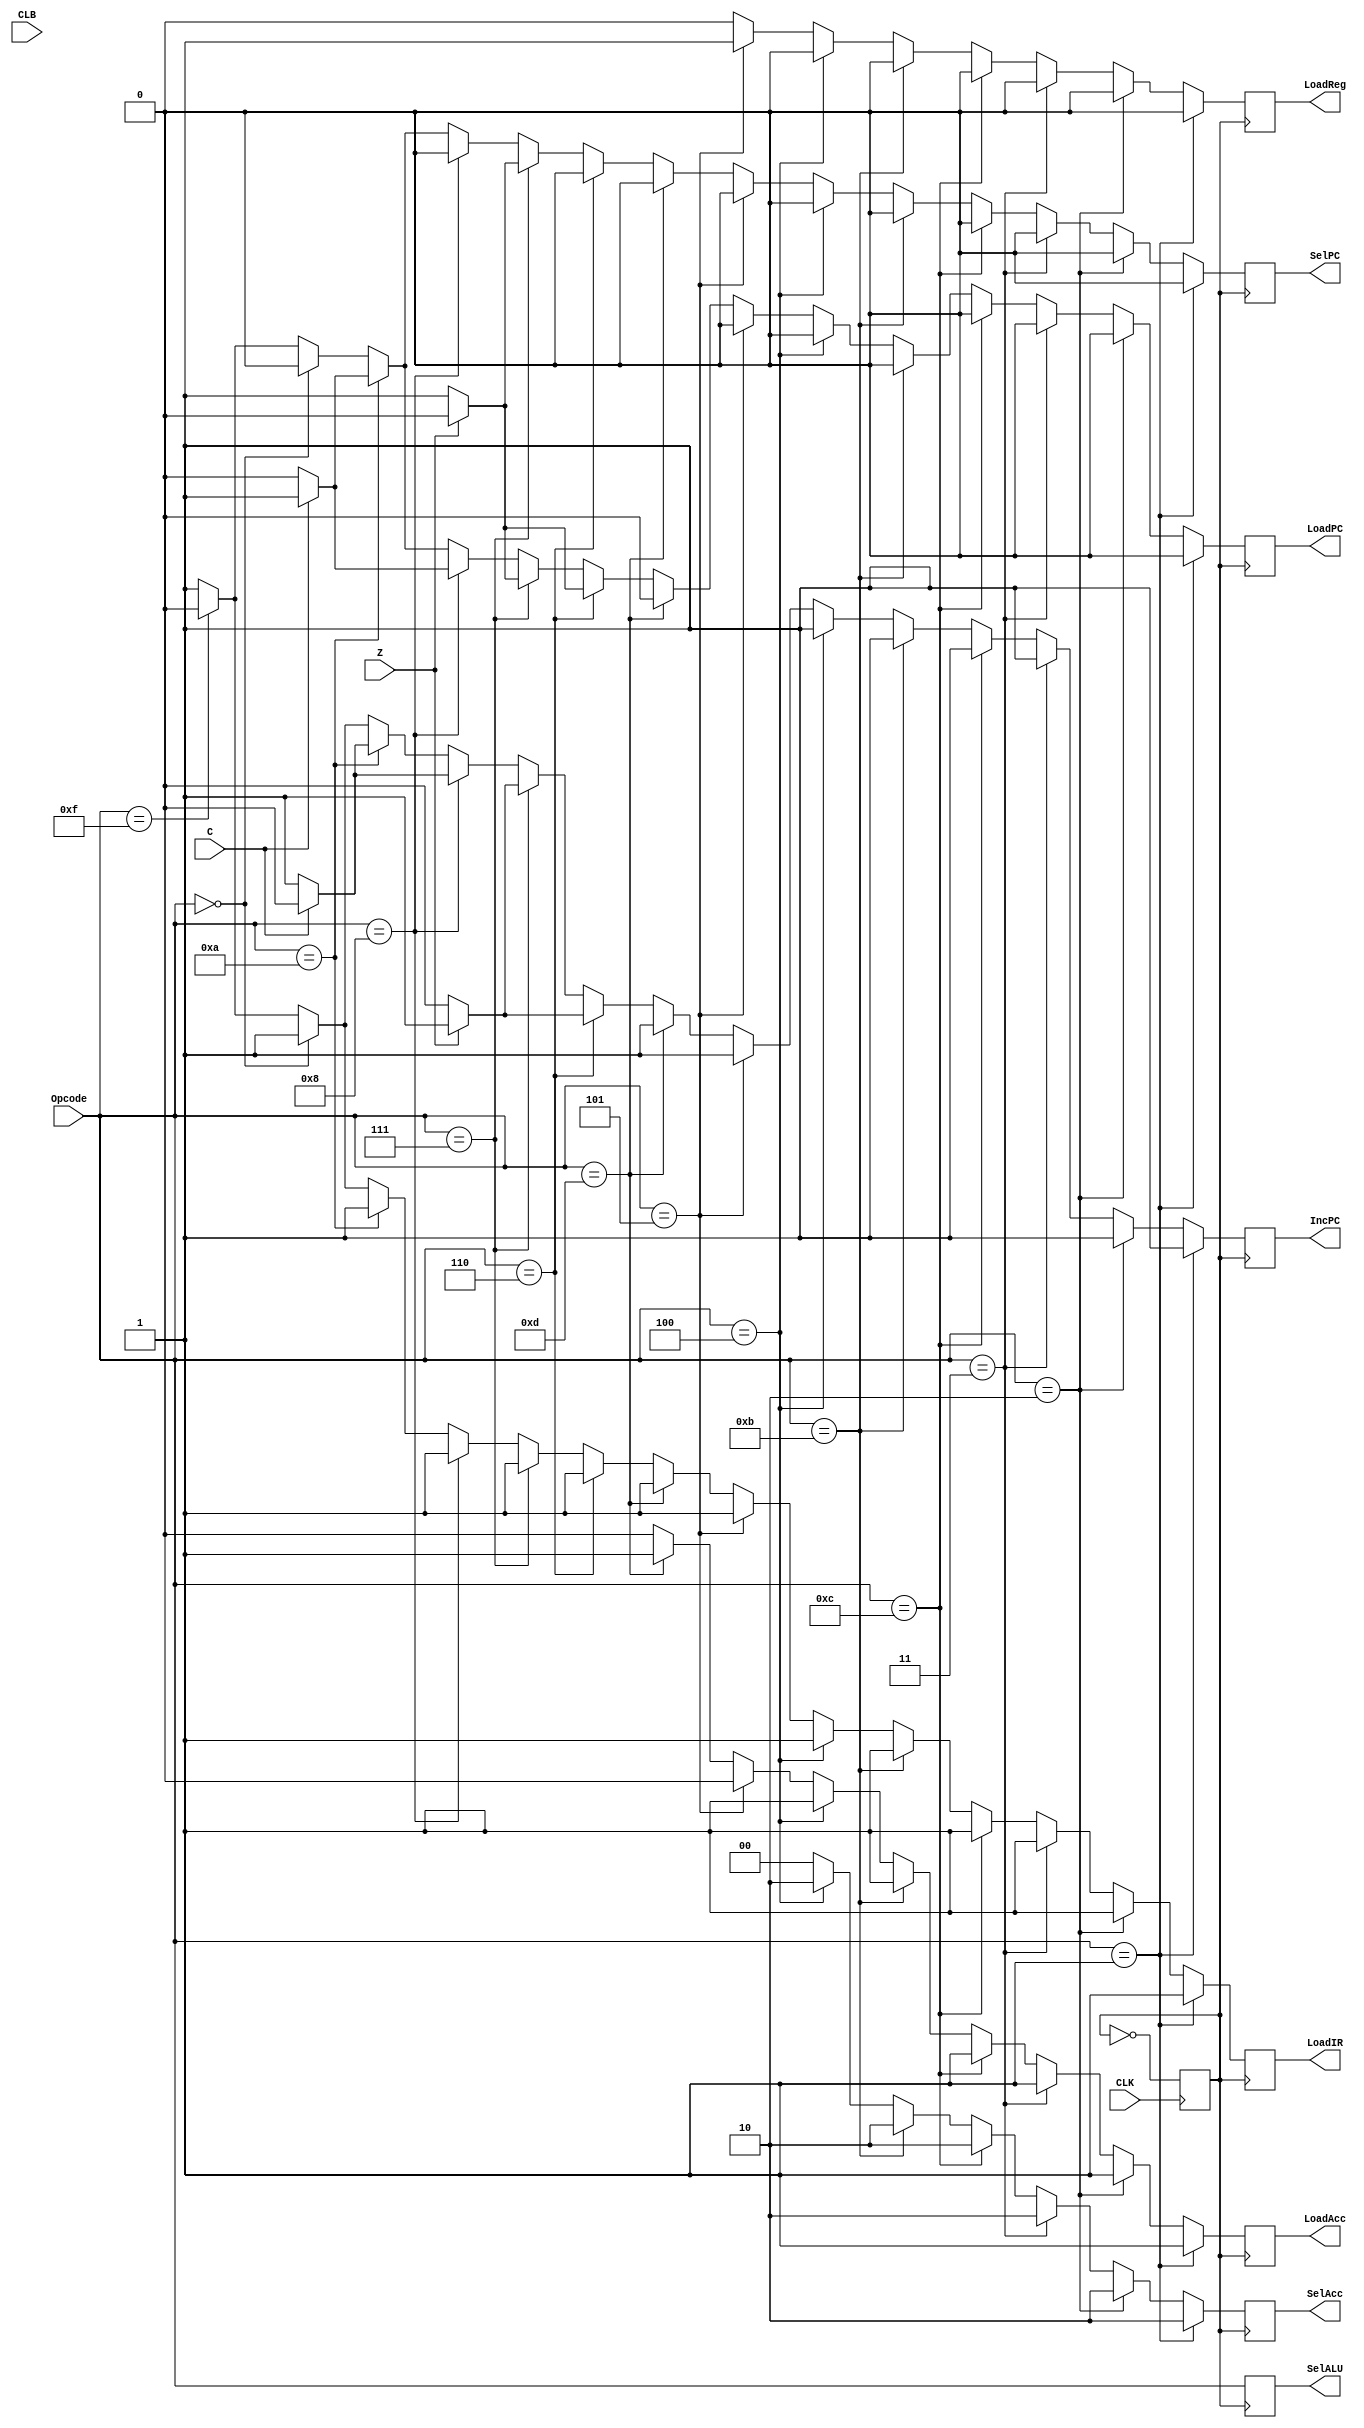
//c
module ControllerFSM (
    input wire CLK,
    input wire CLB,
    input wire Z,
    input wire C,
    input wire [3:0] Opcode,
    output reg LoadIR,
    output reg IncPC,
    output reg SelPC,
    output reg LoadPC,
    output reg LoadReg,
    output reg LoadAcc,
    output reg [1:0] SelAcc,
    output reg [3:0] SelALU
);

reg doThings = 0;

always @(negedge CLK) begin
doThings = ~doThings;
end

always @(posedge doThings) begin //, Opcode) begin

//default state:
//begin
LoadIR <= 1;
IncPC <= 1;
SelPC <= 1;
LoadPC <= 1;
LoadReg <= 0;
LoadAcc <= 0;
SelAcc <= 2'b00;
SelALU <= Opcode;
//end


//////////////////////////////////////////////////// ALU Operations ////////////////////////////////////////////////////
if (Opcode == 4'b0001) begin //Add
	LoadIR <= 1;
	IncPC <= 1;
	SelPC <= 0;
	LoadPC <= 0;
	LoadReg <= 0;
	LoadAcc <= 1;
	SelAcc <= 2'b10;

end else if (Opcode == 4'b0010) begin //Sub
	LoadIR <= 1;
	IncPC <= 1;
	SelPC <= 0;
	LoadPC <= 0;
	LoadReg <= 0;
	LoadAcc <= 1;
	SelAcc <= 2'b10;

end else if (Opcode == 4'b0011) begin //Nor
	LoadIR <= 1;
	IncPC <= 1;
	SelPC <= 0;
	LoadPC <= 0;
	LoadReg <= 0;
	LoadAcc <= 1;
	SelAcc <= 2'b10;

end else if (Opcode == 4'b1100) begin //Shift right
	LoadIR <= 1;
	IncPC <= 1;
	SelPC <= 0;
	LoadPC <= 0;
	LoadReg <= 0;
	LoadAcc <= 1;
	SelAcc <= 2'b10;

end else if (Opcode == 4'b1011) begin //Shift left
	LoadIR <= 1;
	IncPC <= 1;
	SelPC <= 0;
	LoadPC <= 0;
	LoadReg <= 0;
	LoadAcc <= 1;
	SelAcc <= 2'b10;

end 
//////////////////////////////////////////////////// Register/ACC Load ////////////////////////////////////////////////////
else if (Opcode == 4'b0100) begin //reg -> acc
	LoadIR <= 1;
	IncPC <= 1;
	SelPC <= 0;
	LoadPC <= 0;
	LoadReg <= 0;
	LoadAcc <= 1;
	SelAcc <= 2'b10;

end else if (Opcode == 4'b0101) begin //ACC -> reg
	LoadIR <= 1;
	IncPC <= 1;
	SelPC <= 0;
	LoadPC <= 0;
	LoadReg <= 1;
	LoadAcc <= 0;
	SelAcc <= 2'b00;

end else if (Opcode == 4'b1101) begin //Imidiate (IMM) -> ACC
	LoadIR <= 1;
	IncPC <= 1;
	SelPC <= 0;
	LoadPC <= 0;
	LoadReg <= 0;
	LoadAcc <= 1;
	SelAcc <= 2'b00;

end 
//////////////////////////////////////////////////// Branch Instructions ////////////////////////////////////////////////////
else if (Opcode == 4'b0110) begin //if ACC = 0, reg -> PC (jump if 0)...else PC+1 -> PC
	if (Z == 0) begin //branch = yes
		LoadIR <= 1;
		IncPC <= 0;
		SelPC <= 0;
		LoadPC <= 1;
		LoadReg <= 0;
		LoadAcc <= 0;
		SelAcc <= 2'b00;

	end else begin //branch = no
		LoadIR <= 1;
		IncPC <= 1;
		SelPC <= 0;
		LoadPC <= 0;
		LoadReg <= 0;
		LoadAcc <= 0;
		SelAcc <= 2'b00;
	end

end else if (Opcode == 4'b0111) begin //if ACC = 0, Imm -> PC (jump if 0) else PC+1 -> PC
	if (Z == 0) begin //branch = yes
		LoadIR <= 1;
		IncPC <= 0;
		SelPC <= 1;
		LoadPC <= 1;
		LoadReg <= 0;
		LoadAcc <= 0;
		SelAcc <= 2'b00;

	end else begin //branch = no
		LoadIR <= 1;
		IncPC <= 1;
		SelPC <= 0;
		LoadPC <= 0;
		LoadReg <= 0;
		LoadAcc <= 0;
		SelAcc <= 2'b00;
	end
	
end else if (Opcode == 4'b1000) begin //if ACC <0, Reg -> PC (jump if carry) else PC +1 -> PC
	if (C == 1) begin //branch = yes
		LoadIR <= 1;
		IncPC <= 0;
		SelPC <= 0;
		LoadPC <= 1;
		LoadReg <= 0;
		LoadAcc <= 0;
		SelAcc <= 2'b00;

	end else begin //branch = no
		LoadIR <= 1;
		IncPC <= 1;
		SelPC <= 0;
		LoadPC <= 0;
		LoadReg <= 0;
		LoadAcc <= 0;
		SelAcc <= 2'b00;
	end
	
end else if (Opcode == 4'b1010) begin //if ACC <0, Imm -> PC (jump if carry) else PC +1 -> PC
	if (C == 1) begin //branch = yes
		LoadIR <= 1;
		IncPC <= 0;
		SelPC <= 1;
		LoadPC <= 1;
		LoadReg <= 0;
		LoadAcc <= 0;
		SelAcc <= 2'b00;

	end else begin //branch = no
		LoadIR <= 1;
		IncPC <= 1;
		SelPC <= 0;
		LoadPC <= 0;
		LoadReg <= 0;
		LoadAcc <= 0;
		SelAcc <= 2'b00;
	end
	
end
//////////////////////////////////////////////////// Control Operations ////////////////////////////////////////////////////
else if (Opcode == 4'b0000) begin //NOP
	LoadIR <= 1;
	IncPC <= 1;
	SelPC <= 0;
	LoadPC <= 0;
	LoadReg <= 0;
	LoadAcc <= 0;
	SelAcc <= 2'b00;

end else if (Opcode == 4'b1111) begin //HALT
	LoadIR <= 0;
	IncPC <= 0;
	SelPC <= 0;
	LoadPC <= 0;
	LoadReg <= 0;
	LoadAcc <= 0;
	SelAcc <= 2'b00;

end //end ifs

end//end always

endmodule